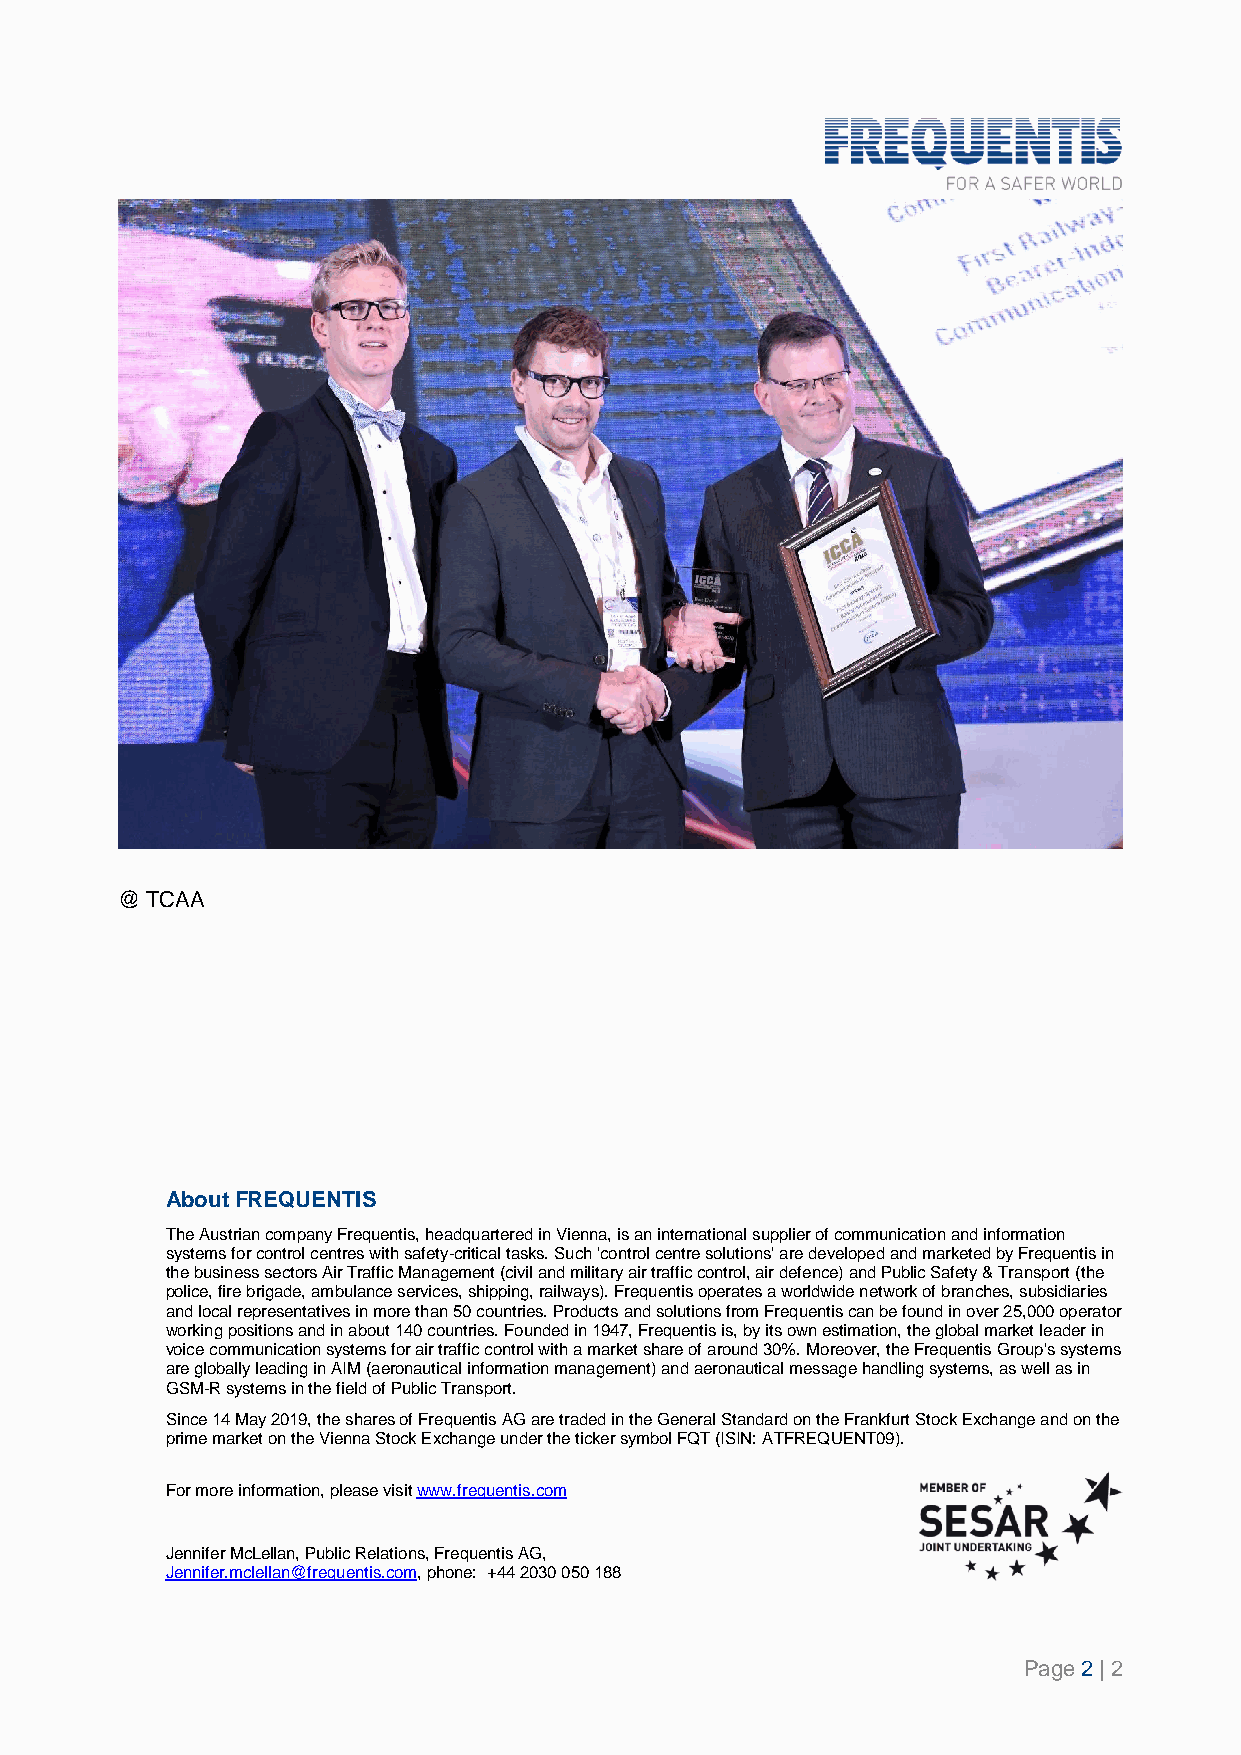
@ TCAA
 About FREQUENTIS
 The Austrian company Frequentis, headquartered in Vienna, is an international supplier of communication and information
 systems for control centres with safety-critical tasks. Such 'control centre solutions' are developed and marketed by Frequentis in
 the business sectors Air Traffic Management (civil and military air traffic control, air defence) and Public Safety & Transport (the
 police, fire brigade, ambulance services, shipping, railways). Frequentis operates a worldwide network of branches, subsidiaries
 and local representatives in more than 50 countries. Products and solutions from Frequentis can be found in over 25,000 operator
 working positions and in about 140 countries. Founded in 1947, Frequentis is, by its own estimation, the global market leader in
 voice communication systems for air traffic control with a market share of around 30%. Moreover, the Frequentis Group's systems
 are globally leading in AIM (aeronautical information management) and aeronautical message handling systems, as well as in
 GSM-R systems in the field of Public Transport.
 Since 14 May 2019, the shares of Frequentis AG are traded in the General Standard on the Frankfurt Stock Exchange and on the
 prime market on the Vienna Stock Exchange under the ticker symbol FQT (ISIN: ATFREQUENT09).
 For more information, please visit www.frequentis.com
 Jennifer McLellan, Public Relations, Frequentis AG,
 Jennifer.mclellan@frequentis.com, phone: +44 2030 050 188
 Page 2 | 2